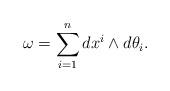
LaTeX: \begin{align*}\omega=\sum_{i=1}^n dx^i\wedge d\theta_i.\end{align*}